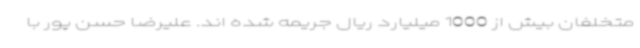
متخلفان بیش از 1000 میلیارد ریال جریمه شده اند. علیرضا حسن پور با